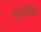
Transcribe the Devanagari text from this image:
प्रभदिप